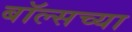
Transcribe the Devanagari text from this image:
बॉल्सच्या